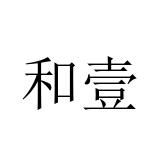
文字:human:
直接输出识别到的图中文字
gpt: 和壹